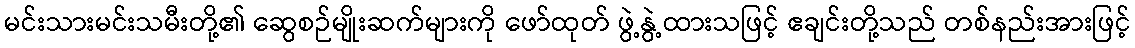
မင်းသားမင်းသမီးတို့၏ ဆွေစဉ်မျိုးဆက်များကို ဖော်ထုတ် ဖွဲ့နွဲ့ထားသဖြင့် ဧချင်းတို့သည် တစ်နည်းအားဖြင့်